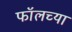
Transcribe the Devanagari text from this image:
फॉलच्या